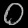
Digit: ၀